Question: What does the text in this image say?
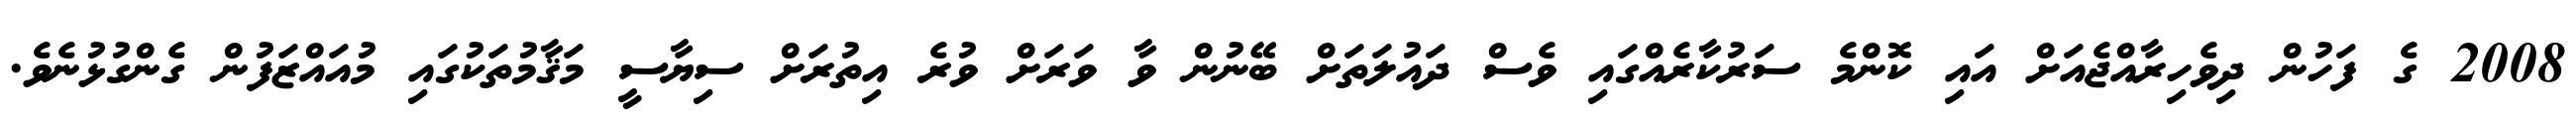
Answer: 2008 ގެ ފަހުން ދިވެހިރާއްޖެއަށް އައި ކޮންމެ ސަރުކާރެއްގައި ވެސް ދައުލަތަށް ބޭނުން ވާ ވަރަށް ވުރެ އިތުރަށް ސިޔާސީ މަޤާމުތަކުގައި މުއައްޒަފުން ގެންގުޅުނެވެ.